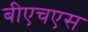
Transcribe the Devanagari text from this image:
बीएचएस